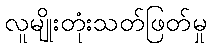
လူမျိုးတုံးသတ်ဖြတ်မှု